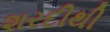
શરદીથી